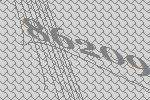
86209